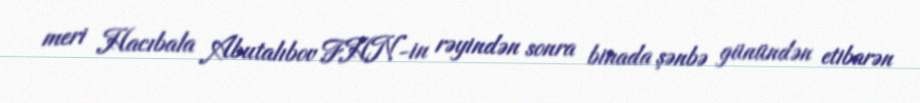
meri Hacıbala Abutalıbov FHN-in rəyindən sonra binada şənbə günündən etibarən